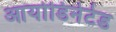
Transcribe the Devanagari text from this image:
आयोडिनेटेड